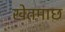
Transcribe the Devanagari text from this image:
खेतमाछ